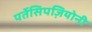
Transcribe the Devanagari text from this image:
पर्तेसिपज़ियोनी